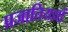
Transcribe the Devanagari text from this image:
प्रजातिययों